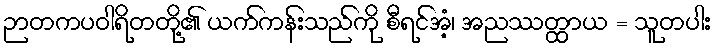
ဉာတကပဝါရိတတို့၏ ယက်ကန်းသည်ကို စီရင်အံ့၊ အညဿတ္ထာယ = သူတပါး